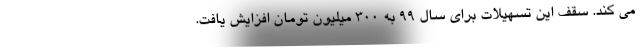
می کند. سقف این تسهیلات برای سال ۹۹ به ۳۰۰ میلیون تومان افزایش یافت.